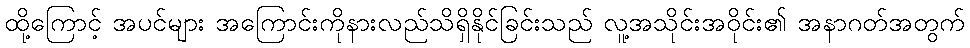
ထို့ကြောင့် အပင်များ အကြောင်းကိုနားလည်သိရှိနိုင်ခြင်းသည် လူ့အသိုင်းအဝိုင်း၏ အနာဂတ်အတွက်